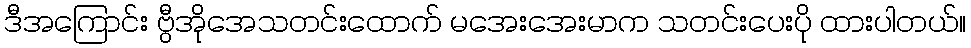
ဒီအကြောင်း ဗွီအိုအေသတင်းထောက် မအေးအေးမာက သတင်းပေးပို ထားပါတယ်။